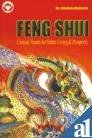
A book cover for Feng Shui: Chinese Vaastu for Better Living and Prosperity; Bhojraj Dwivedi; Religion & Spirituality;